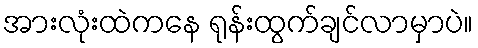
အားလုံးထဲကနေ ရုန်းထွက်ချင်လာမှာပဲ။